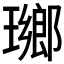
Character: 𤩬